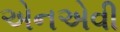
એનએવી